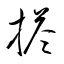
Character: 搭